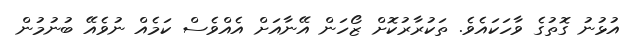
އުޅުނު ގޮތުގެ ވާހަކައެވެ. ތަކުރާރުކޮށް ޒޯހަން އޭނާއަށް އެއްވެސް ކަމެއް ނުވެއޭ ބުނުމުން